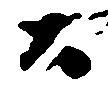
公